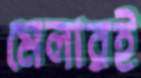
মেলারই